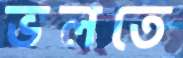
ভলতে